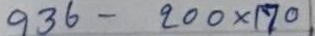
936 - 200 x 170